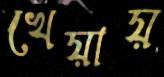
খেয়ায়